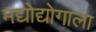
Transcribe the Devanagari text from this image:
मद्योद्योगाला